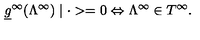
\underline { { g } } ^ { \infty } ( \Lambda ^ { \infty } ) \mid \cdot > = 0 \Leftrightarrow \Lambda ^ { \infty } \in T ^ { \infty } .